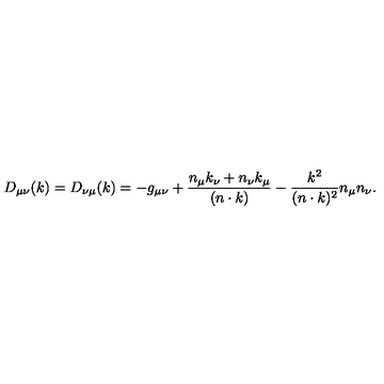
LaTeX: D _ { \mu \nu } ( k ) = D _ { \nu \mu } ( k ) = - g _ { \mu \nu } + \frac { n _ { \mu } k _ { \nu } + n _ { \nu } k _ { \mu } } { ( n \cdot k ) } - \frac { k ^ { 2 } } { ( n \cdot k ) ^ { 2 } } n _ { \mu } n _ { \nu } .